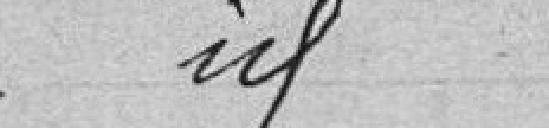
idem